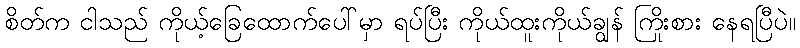
စိတ်က ငါသည် ကိုယ့်ခြေထောက်ပေါ်မှာ ရပ်ပြီး ကိုယ်ထူးကိုယ်ချွန် ကြိုးစား နေရပြီပဲ။